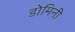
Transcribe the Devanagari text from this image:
डोमिनी